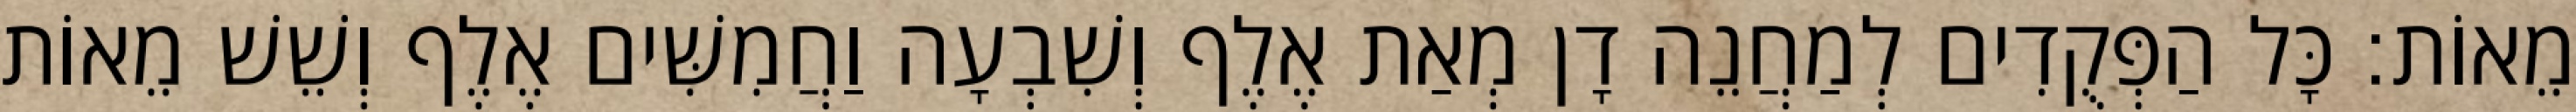
מֵאוֹת׃ כָּל הַפְּקֻדִים לְמַחֲנֵה דָן מְאַת אֶלֶף וְשִׁבְעָה וַחֲמִשִּׁים אֶלֶף וְשֵׁשׁ מֵאוֹת